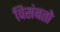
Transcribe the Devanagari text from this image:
विसंबतो